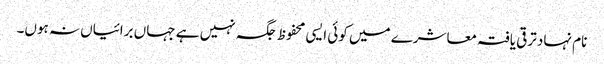
نام نہاد ترقی یافتہ معاشرے میں کوئی ایسی محفوظ جگہ نہیں ہے جہاں برائیاں نہ ہوں۔